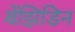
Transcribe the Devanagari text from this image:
बेंझिडिन